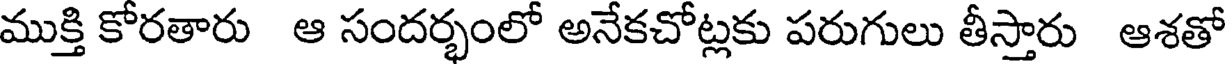
ముక్తి కోరతారు ఆ సందర్భంలో అనేకచోట్లకు పరుగులు తీస్తారు ఆశతో